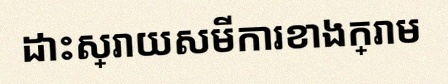
ដោះស្រាយសមីការខាងក្រោម